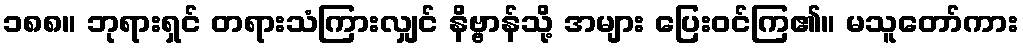
၁၈၈။ ဘုရားရှင် တရားသံကြားလျှင် နိဗ္ဗာန်သို့ အများ ပြေးဝင်ကြ၏။ မသူတော်ကား